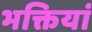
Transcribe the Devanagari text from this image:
भक्तियां